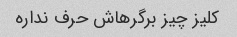
کلیز چیز برگرهاش حرف نداره